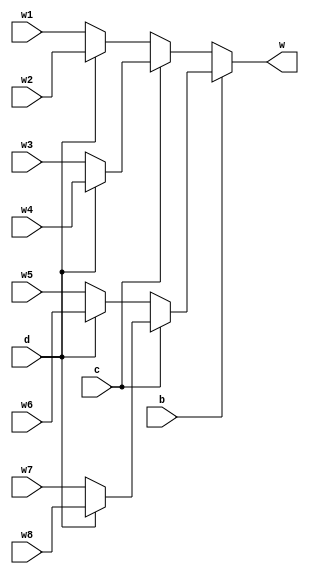
module mux8_18(w,w1,w2,w3,w4,w5,w6,w7,w8,b,c,d);
output [9:0]w;
input [9:0]w1,w2,w3,w4,w5,w6,w7,w8;
input b,c,d;
assign w=b?(c?(d?w8:w7):(d?w6:w5)):(c?(d?w4:w3):(d?w2:w1));
endmodule